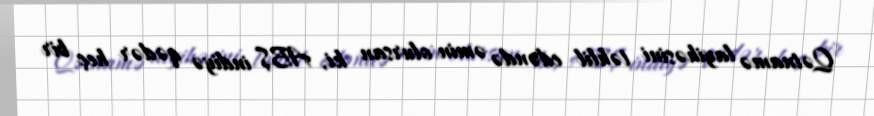
Qətnamə layihəsini təhlil edəndə əmin olursan ki, ABŞ indiyə qədər heç bir